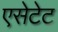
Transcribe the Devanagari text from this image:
एसेटेट